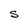
Character: S